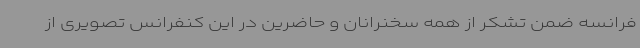
فرانسه ضمن تشکر از همه سخنرانان و حاضرین در این کنفرانس تصویری از